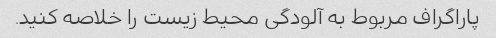
پاراگراف مربوط به آلودگی محیط زیست را خلاصه کنید.